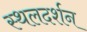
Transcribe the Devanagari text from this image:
स्थलदर्शन